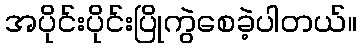
အပိုင်းပိုင်းပြိုကွဲစေခဲ့ပါတယ်။